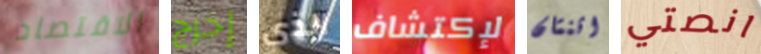
الاقتصاد إخرج الذي لإكتشاف اثنتان انصتي